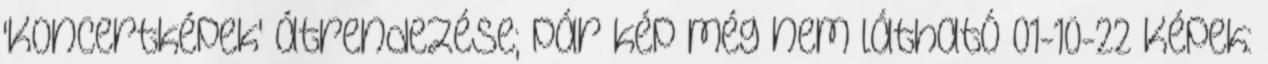
'Koncertképek' átrendezése; pár kép még nem látható 01-10-22 Képek: